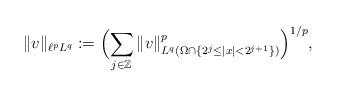
LaTeX: \begin{align*} \|v\|_{\ell^{p}L^{q}} := \Bigl( \sum_{j\in \mathbb{Z}} \|v\|_{L^{q}(\Omega\cap\{2^{j}\le|x|<2^{j+1}\})}^{p} \Bigr)^{1/p},\end{align*}